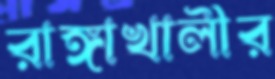
রাঙ্গাখালীর